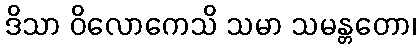
ဒိသာ ဝိလောကေသိ သမာ သမန္တတော၊